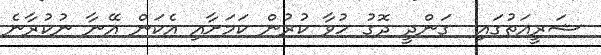
ޝަރީއަތުގައި  ގަންދީ ދޮގު ހުވާ ކުރުން ކަމަށާއި އެކަން އޭނާ ނުކުރާނެ